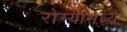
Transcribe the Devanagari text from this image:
रोग्यांमध्ये